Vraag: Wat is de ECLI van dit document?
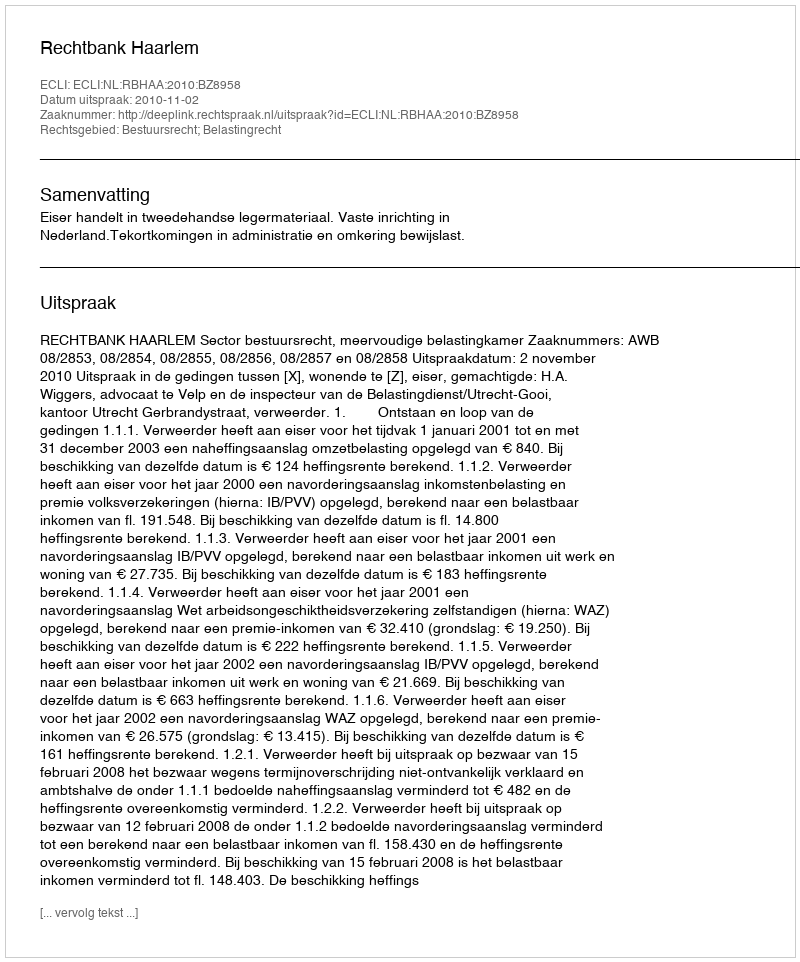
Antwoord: ECLI:NL:RBHAA:2010:BZ8958